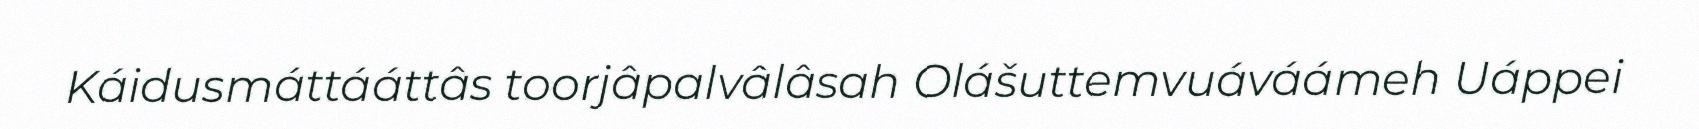
Káidusmáttááttâs toorjâpalvâlâsah Olášuttemvuáváámeh Uáppei